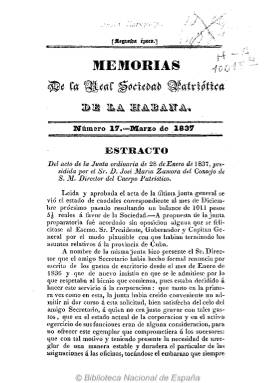
Título: Memorias de la Real Sociedad Económica de La Habana
Otros títulos: Memorias de la Sociedad Económica de La Habana || Memorias de la Real Sociedad Patriótica de La Habana || Memorias de la Sociedad Patriótica de La Habana
Colección: Anuarios e informes
Ámbito geográfico: Cuba
Lugar de publicación: La Habana
Fechas: 01/03/1837-31/03/1837

Ejemplar digitalizado procedente de la Biblioteca de Ultramar.

Falta digitalizar el resto de la colección, que comprende fondos de 1817 a 1847.